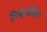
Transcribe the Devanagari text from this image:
पिसेनलिट